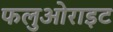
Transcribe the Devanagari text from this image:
फलुओराइट